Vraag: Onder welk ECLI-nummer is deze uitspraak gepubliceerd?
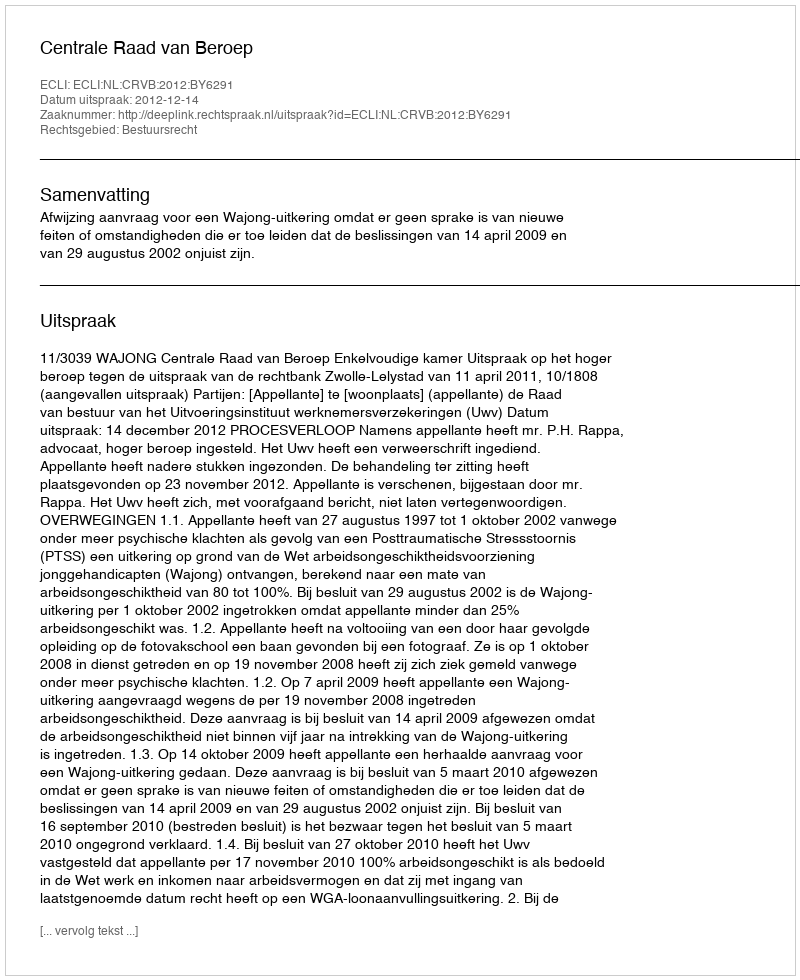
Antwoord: ECLI:NL:CRVB:2012:BY6291